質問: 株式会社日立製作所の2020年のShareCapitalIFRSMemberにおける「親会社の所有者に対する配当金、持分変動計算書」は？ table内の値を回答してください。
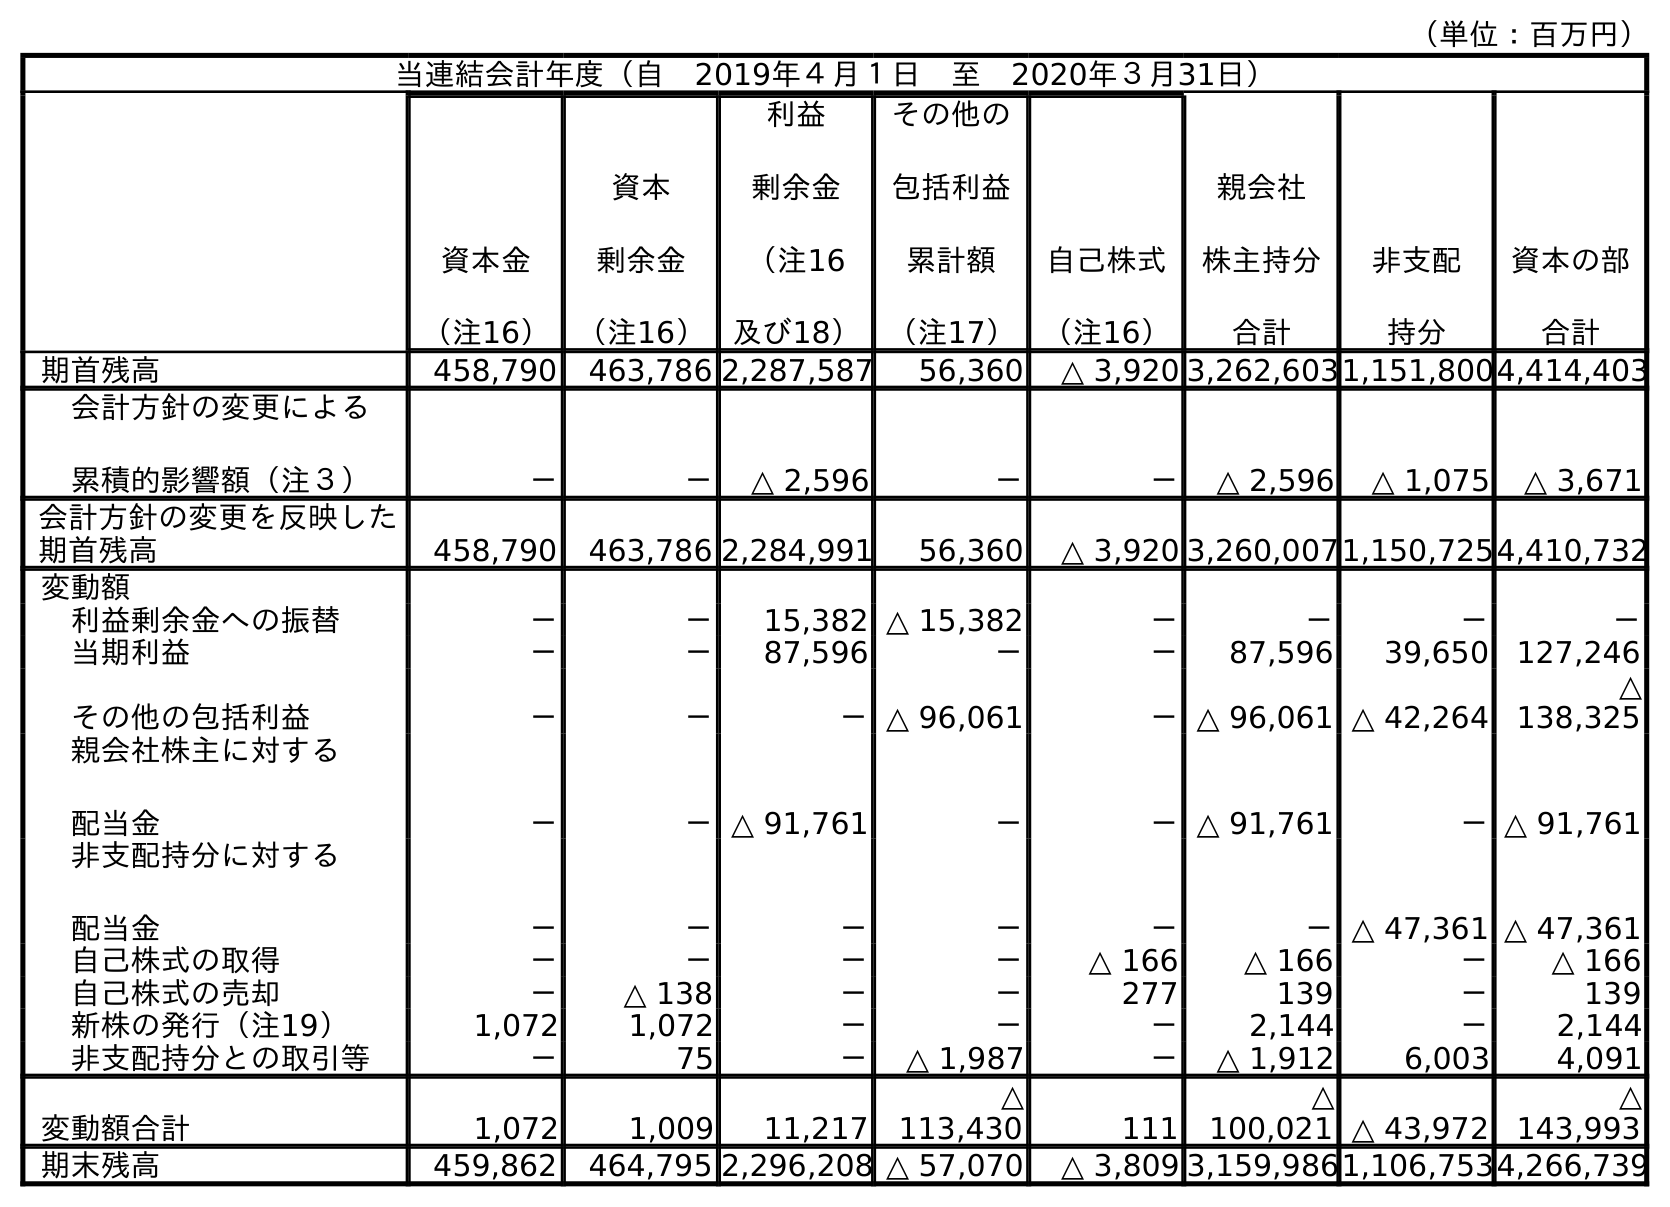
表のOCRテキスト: （単位：百万円） 当連結会計年度（自 2019年４月１日 至 2020年３月31日） 資本金 （注16） 資本 剰余金 （注16） 利益 剰余金 （注16 及び18） その他の 包括利益 累計額 （注17） 自己株式 （注16） 親会社 株主持分 合計 非支配 持分 資本の部 合計 期首残高 458,790 463,786 2,287,587 56,360 △ 3,920 3,262,6031,151,8004,414,403 会計方針の変更による 累積的影響額（注３） － － △ 2,596 － － △ 2,596 △ 1,075 △ 3,671 会計方針の変更を反映した 期首残高 458,790 463,786 2,284,991 56,360 △ 3,920 3,260,0071,150,7254,410,732 変動額 利益剰余金への振替 － － 15,382 △ 15,382 － － － － 当期利益 － － 87,596 － － 87,596 39,650 127,246 その他の包括利益 － － －△ 96,061 －△ 96,061 △ 42,264 △ 138,325 親会社株主に対する 配当金 － －△ 91,761 － －△ 91,761 －△ 91,761 非支配持分に対する 配当金 － － － － － －△ 47,361 △ 47,361 自己株式の取得 － － － － △ 166 △ 166 － △ 166 自己株式の売却 － △ 138 － － 277 139 － 139 新株の発行（注19） 1,072 1,072 － － － 2,144 － 2,144 非支配持分との取引等 － 75 － △ 1,987 － △ 1,912 6,003 4,091 変動額合計 1,072 1,009 11,217 △ 113,430 111 △ 100,021 △ 43,972 △ 143,993 期末残高 459,862 464,795 2,296,208 △ 57,070 △ 3,809 3,159,9861,106,7534,266,739
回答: －